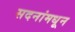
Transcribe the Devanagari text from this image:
सदनांमधून